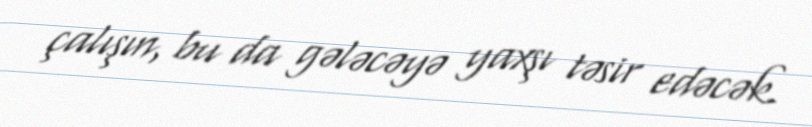
çalışın, bu da gələcəyə yaxşı təsir edəcək.